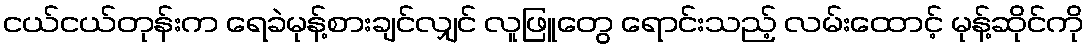
ငယ်ငယ်တုန်းက ရေခဲမုန့်စားချင်လျှင် လူဖြူတွေ ရောင်းသည့် လမ်းထောင့် မုန့်ဆိုင်ကို